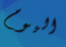
اليوم